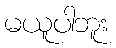
မယူပါဘူး